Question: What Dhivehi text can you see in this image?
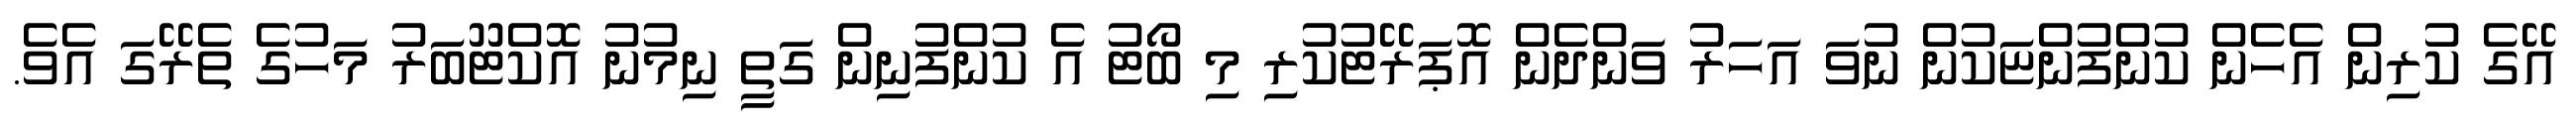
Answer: އޭގެ ކުރިން އެހެން ކުންފުންޏަކުން ނުވަ އަހަރު ވަންދެން އޮޕަރޭޓުކުރި މި ބޯޓު އެ ކުންފުނިން ގަތީ ނިމުނު އޮކްޓޫބަރު މަހުގެ ތެރޭގަ އެވެ.